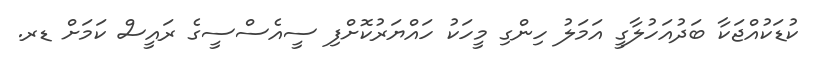
ކުޑަކުއްޖަކާ ބަދުއަހުލާގީ އަމަލު ހިންގި މީހަކު ހައްޔަރުކޮށްފި ސީއެސްސީގެ ރައީސް ކަމަށް ޑރ.